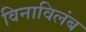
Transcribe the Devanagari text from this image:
विनाविलंब